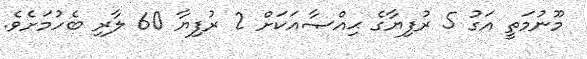
މޫނުމަތީ އަގު 5 ރުފިޔާގެ ޙިއްޞާއަކަށް 2 ރުފިޔާ 60 ލާރި ބެހުމަށެވެ.